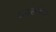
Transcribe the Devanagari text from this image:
वनस्प्तींच्या